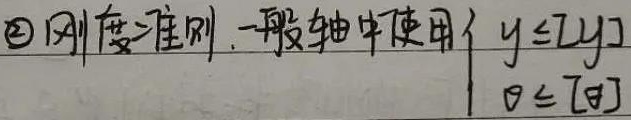
\textcircled{2} 刚度准则。一般轴中使用\(\begin{cases}y\leq [y]\\\theta\leq [\theta]\end{cases}\)